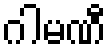
ဂါမဏီ